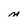
Character: n